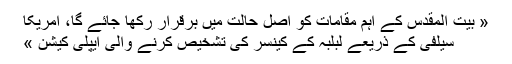
« بیت المقدس کے اہم مقامات کو اصل حالت میں برقرار رکھا جائے گا، امریکا
سیلفی کے ذریعے لبلبہ کے کینسر کی تشخیص کرنے والی ایپلی کیشن »